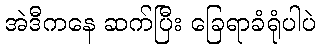
အဲဒီကနေ ဆက်ပြီး ခြေရာခံရုံပါပဲ